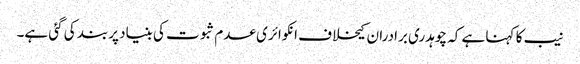
نیب کا کہنا ہے کہ چوہدری برادران کیخلاف انکوائری عدم ثبوت کی بنیاد پربند کی گئی ہے۔